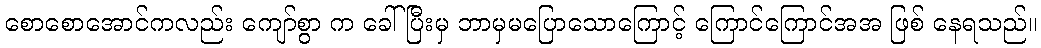
စောစောအောင်ကလည်း ကျော်စွာ က ခေါ်ပြီးမှ ဘာမှမပြောသောကြောင့် ကြောင်ကြောင်အအ ဖြစ် နေရသည်။